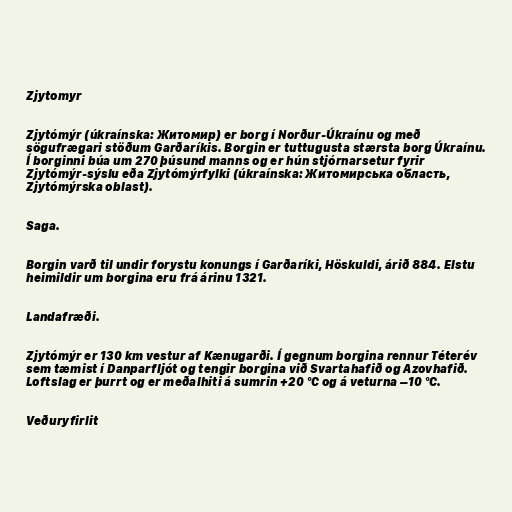
Zjytomyr

Zjytómýr (úkraínska: Житомир) er borg í Norður-Úkraínu og með
sögufrægari stöðum Garðaríkis. Borgin er tuttugusta stærsta borg Úkraínu.
Í borginni búa um 270 þúsund manns og er hún stjórnarsetur fyrir
Zjytómýr-sýslu eða Zjytómýrfylki (úkraínska: Житомирська о́бласть,
Zjytómýrska oblast).

Saga.

Borgin varð til undir forystu konungs í Garðaríki, Höskuldi, árið 884. Elstu
heimildir um borgina eru frá árinu 1321.

Landafræði.

Zjytómýr er 130 km vestur af Kænugarði. Í gegnum borgina rennur Téterév
sem tæmist í Danparfljót og tengir borgina við Svartahafið og Azovhafið.
Loftslag er þurrt og er meðalhiti á sumrin +20 °C og á veturna –10 °C.

Veðuryfirlit